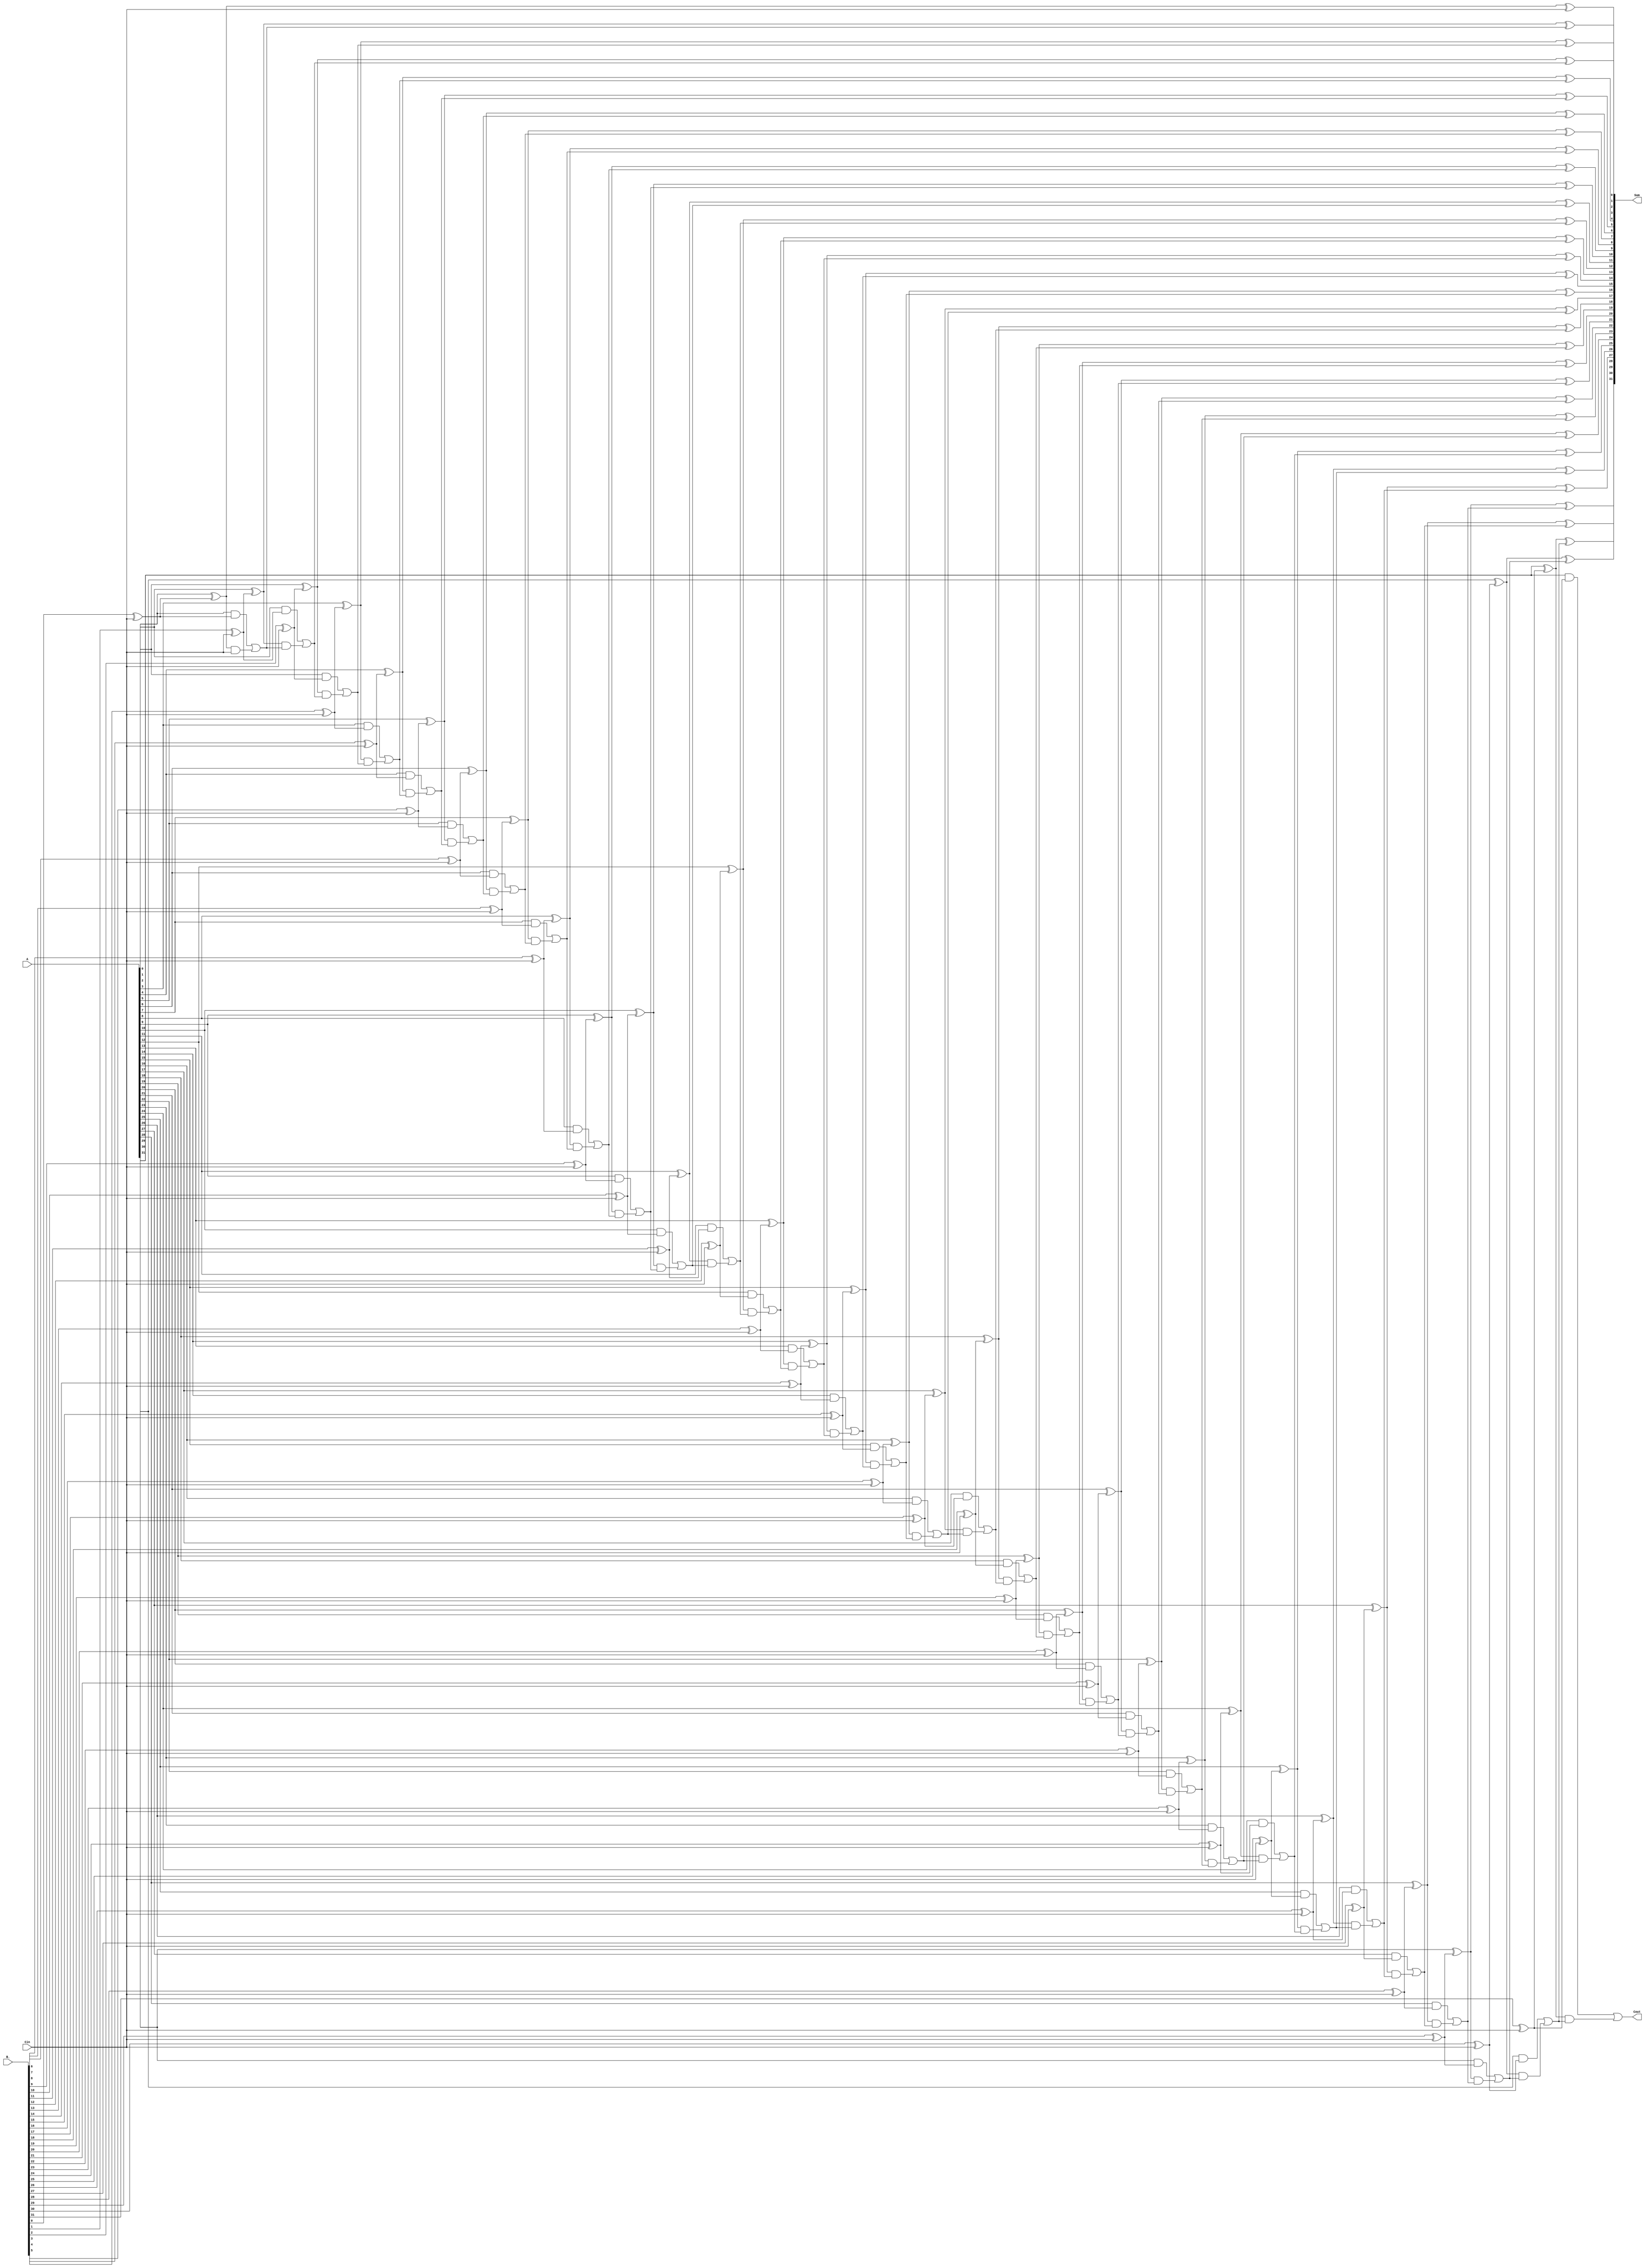
`timescale 1ns / 1ps
//////////////////////////////////////////////////////////////////////////////////
// Company: 
// Engineer: 
// 
// Design Name: 
// Module Name: carrylookahead_32b
// Project Name: 
// Target Devices: 
// Tool Versions: 
// Description: 
// 
// Dependencies: 
// 
// Revision:
// Revision 0.01 - File Created
// Additional Comments:
// 
//////////////////////////////////////////////////////////////////////////////////


module carrylookahead_32b(Sum,Cout, A , B_ ,Cin

    );
    input [31:0] A;
    input [31:0] B_;
    input  Cin;
    output [31:0] Sum;
    output Cout;
    wire  [31:0] B;
    wire [31:0] P;
    wire [31:0] G;
    wire [31:0] C;
    wire [31:0] X;
    assign Cout = C[31];
    
    genvar M;
    generate 
    for(M =0;M<32;M=M+1)
    begin //Add or Subtract
    xor xadd_sub(B[M],B_[M],Cin);
    end 
    endgenerate
    
    
    
    
    genvar i;
    generate 
    for (i=0;i<32;i=i+1)
    begin //prop_gen
    xor x1(P[i],A[i],B[i]);
    and a1(G[i],A[i],B[i]);
    end
    endgenerate
    
    
    and an1(X[0],P[0],Cin);
    or  o1(C[0],G[0],X[0]);
    
    
    genvar j;
    generate
    for(j=0;j<31;j=j+1)
    begin //genr_car
    and and1( X[j+1],P[j+1],C[j]);
    or  or1(C[j+1],G[j+1],X[j+1]);
    end 
    endgenerate
    
    xor sum0(Sum[0],P[0],Cin);
    
    genvar k;
    generate
    for(k=0;k<31;k=k+1)
    begin //gen_Sum
    xor x_sum(Sum[k+1],P[k+1],C[k]);
    end
    endgenerate
    
    
    
    
endmodule